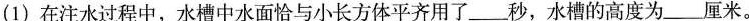
(1)在注水过程中，水槽中水面恰与小长方体平齐用了___秒，水槽的高度为___厘米.